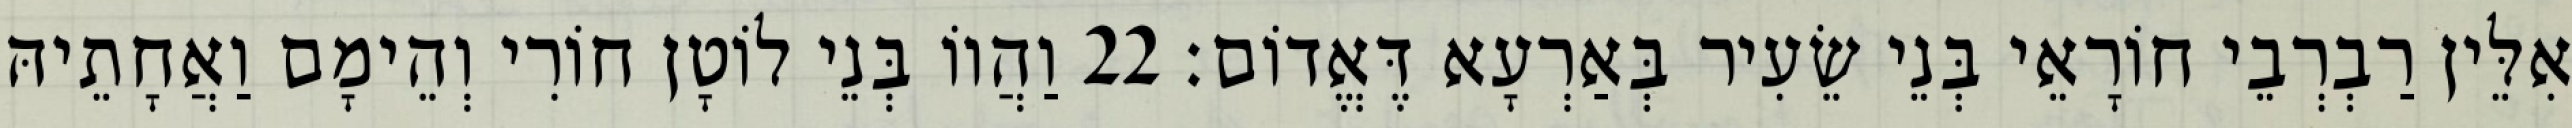
אִלֵּין רַבְרְבֵי חוֹרָאֵי בְּנֵי שֵׂעִיר בְּאַרְעָא דֶּאֱדוֹם׃ 22 וַהֲווֹ בְּנֵי לוֹטָן חוֹרִי וְהֵימָם וַאֲחָתֵיהּ